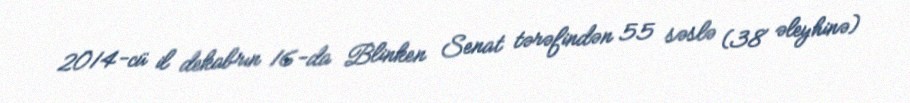
2014-cü il dekabrın 16-da Blinken Senat tərəfindən 55 səslə (38 əleyhinə)